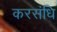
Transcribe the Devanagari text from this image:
करसंधि